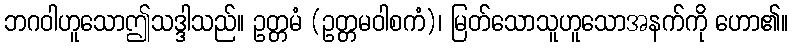
ဘဂဝါဟူသောဤသဒ္ဒါသည်။ ဥတ္တမံ (ဥတ္တမဝါစကံ)၊ မြတ်သောသူဟူသောအနက်ကို ဟော၏။